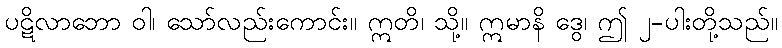
ပဋိလာဘော ဝါ၊ သော်လည်းကောင်း။ ဣတိ၊ သို့။ ဣမာနိ ဒွေ၊ ဤ ၂-ပါးတို့သည်။